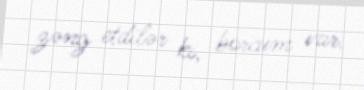
zəng etdilər ki, borcum var.